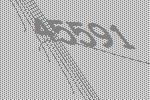
45591